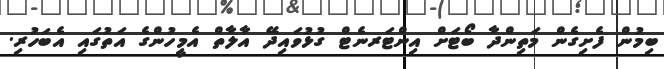
ބިމުން ފެށިގެން މަތިންދާ ބޯޓަށް އިންޓަރނެޓް ގުޅުވައިދޭ އާލާތް އެމީހުންގެ އަތުގައި އެބަހުރި.